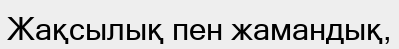
Жақсылық пен жамандық,